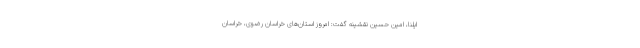
ایلنا، امین حسین نقشینه گفت: امروز استان‌های خراسان رضوی، خراسان